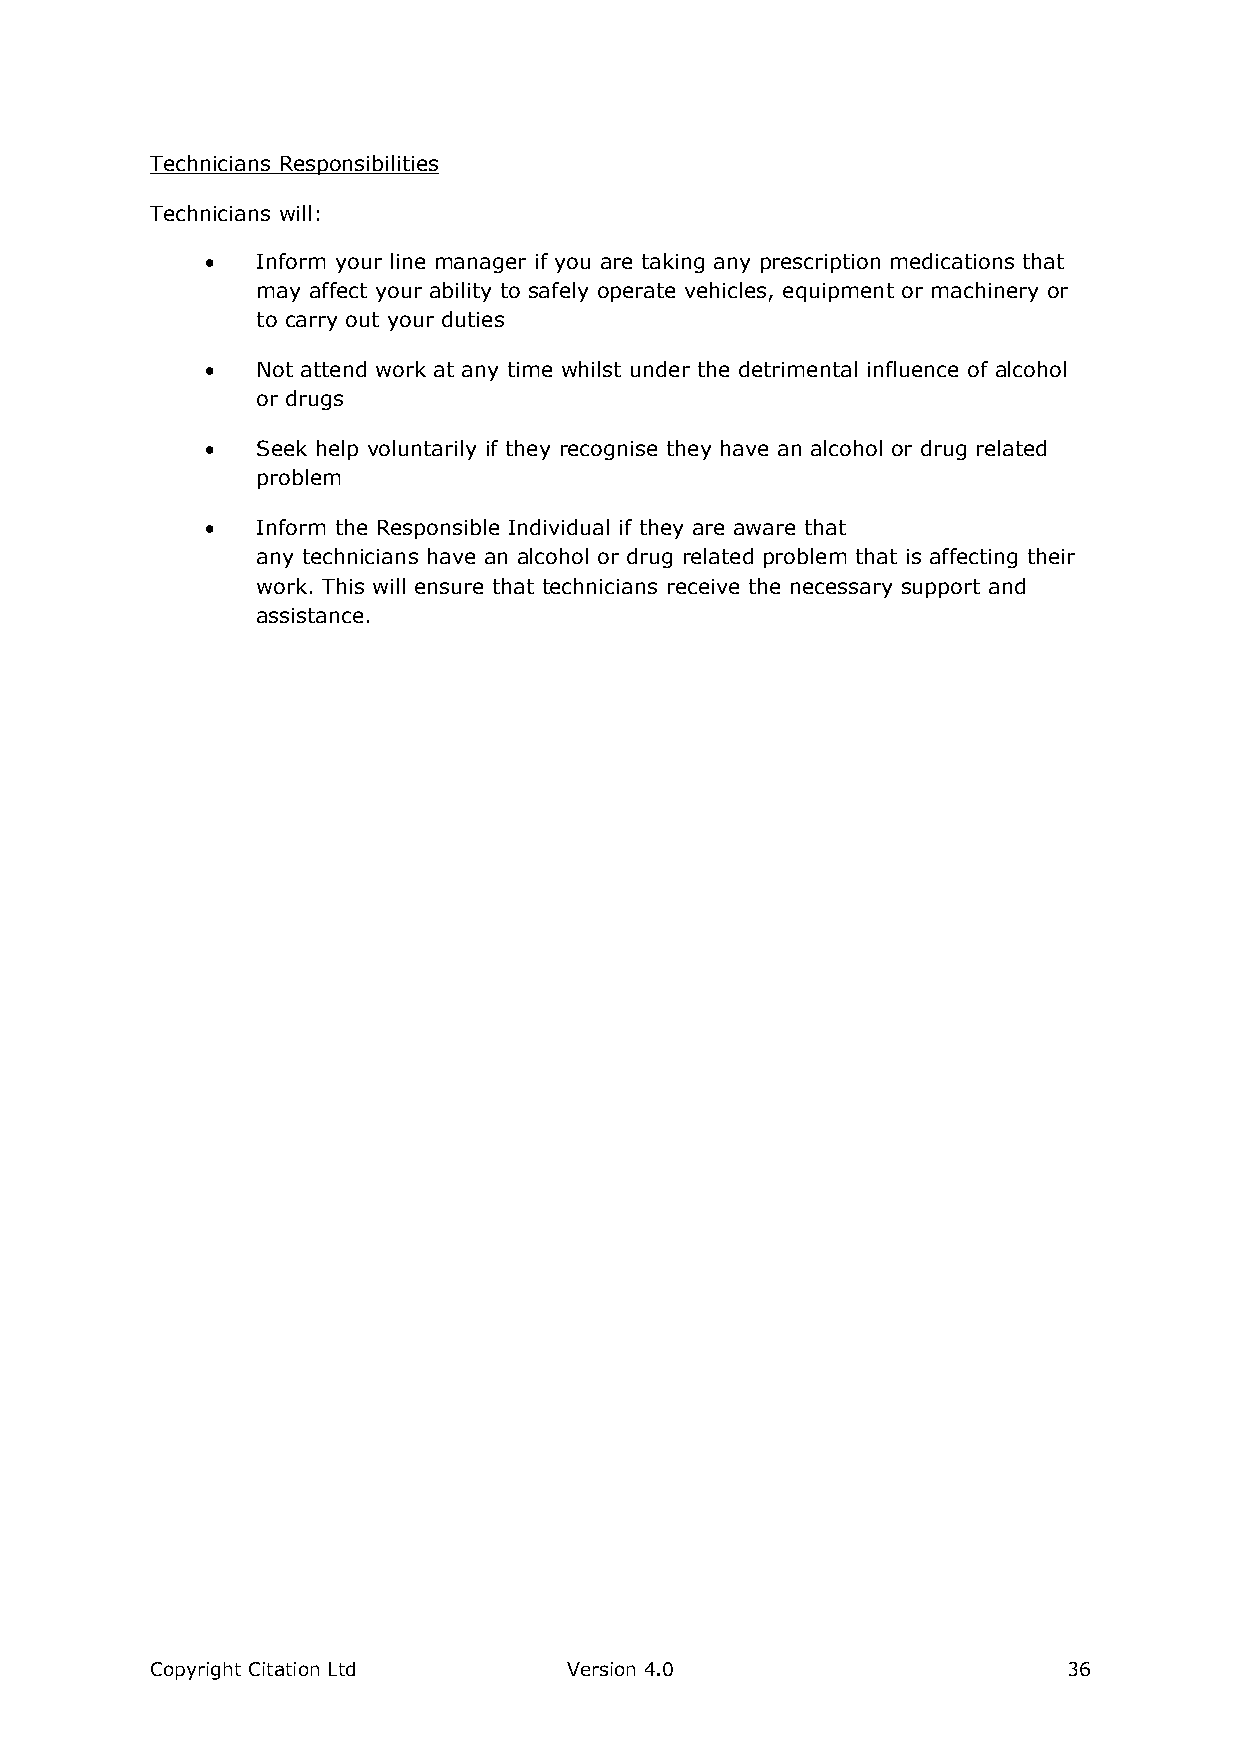
Technicians Responsibilities
 Technicians will:
   Inform your line manager if you are taking any prescription medications that
 may affect your ability to safely operate vehicles, equipment or machinery or
 to carry out your duties
   Not attend work at any time whilst under the detrimental influence of alcohol
 or drugs
   Seek help voluntarily if they recognise they have an alcohol or drug related
 problem
   Inform the Responsible Individual if they are aware that
 any technicians have an alcohol or drug related problem that is affecting their
 work. This will ensure that technicians receive the necessary support and
 assistance.
 Copyright Citation Ltd      Version 4.0                      36